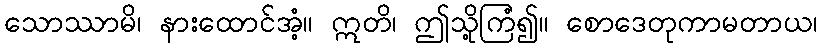
သောဿာမိ၊ နားထောင်အံ့။ ဣတိ၊ ဤသို့ကြံ၍။ စောဒေတုကာမတာယ၊